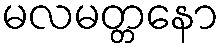
မလမတ္တနော